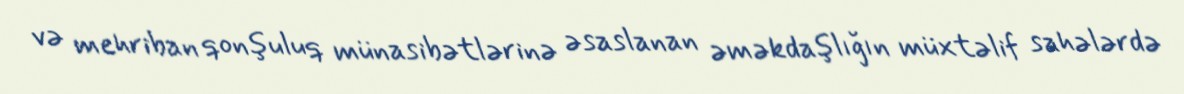
və mehriban qonşuluq münasibətlərinə əsaslanan əməkdaşlığın müxtəlif sahələrdə